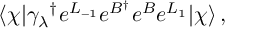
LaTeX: \langle \chi | { \gamma _ { \lambda } } ^ { \dagger } e ^ { L _ { - 1 } } e ^ { B ^ { \dagger } } e ^ { B } e ^ { L _ { 1 } } | \chi \rangle \, ,